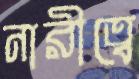
নারীত্বে